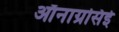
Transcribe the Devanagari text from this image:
ऑनाग्रसिई